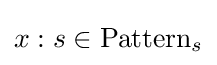
x:s\in \mathrm {Pattern} _{s}